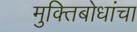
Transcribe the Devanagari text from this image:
मुक्तिबोधांचा